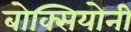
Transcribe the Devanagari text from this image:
बोक्सियोनी